system: You are a helpful assistant.
user:
Analyze the provided spectrum to determine if it is a **S-type Star**.

- **Key Indicators for S-type Star:**

    - **(Overall Spectrum Shape):** The first and most obvious characteristic is the overall continuum (the "baseline" shape). It is **extremely "red-sloping,"** meaning the flux (light intensity) is very low on the left side (blue, ~4000-4500 Å) and rises steeply and continuously toward the right side (red, ~7000 Å+).

    - **(Primary):** The spectrum is defined by the presence of strong, broad molecular absorption "valleys" (bands) from **Zirconium Oxide (ZrO)**. The identification of these bands is the **primary requirement** for classifying a star as S-type.
        - **(Key Bandheads):** You must find distinct, deep "dips" where the light has been absorbed. The most critical band systems to locate are:
            - **~6474 Å** ($\gamma$-system): This is often the strongest and clearest ZrO feature, found in the red part of the spectrum.
            - **~5718 Å** & **~5551 Å** ($\beta$-system): A pair of prominent absorption features in the yellow-orange part of the spectrum.
            - **~4640 Å** ($\alpha$-system): A key absorption band system in the blue-green region of the spectrum.

    - **(Secondary Confirmation):** The classification is strengthened by finding additional absorption bands from other related heavy element oxides, which are expected to be present alongside ZrO.
        - **(Key Bandheads):**
            - **Yttrium Oxide (YO):** Look for absorption dips near **~4800 Å** and **~6100 Å**.
            - **Lanthanum Oxide (LaO):** Additional absorption features, particularly in the red-orange part of the spectrum, are also characteristic.

    - **(Line Profile):** The combination of the steep red continuum and these numerous, deep molecular bands (ZrO, YO, etc.) gives the entire spectrum a very **"chopped-up"** or **"bumpy"** appearance. Instead of a smooth curve, the spectrum looks as though large, wide chunks of light have been "carved out" of it at the specific wavelengths listed above.

Think first, call **spectral_visualization_tool** if needed to examine features in detail, then provide your final answer. Your response must adhere to the following strict rules:
1.  **Overall Structure:** Your response must follow the format `<think>...</think> <tool_call>...</tool_call> (if a tool is used) <answer>...</answer>`.
2.  **Tool Usage Constraint:** You may only make **one** tool call per turn.
3.  **Final Answer Format:** In the `<answer>` tag, your conclusion must be inside a `\boxed{}` command (e.g., `\boxed{YES}` or `\boxed{NO}`), followed by your justification.

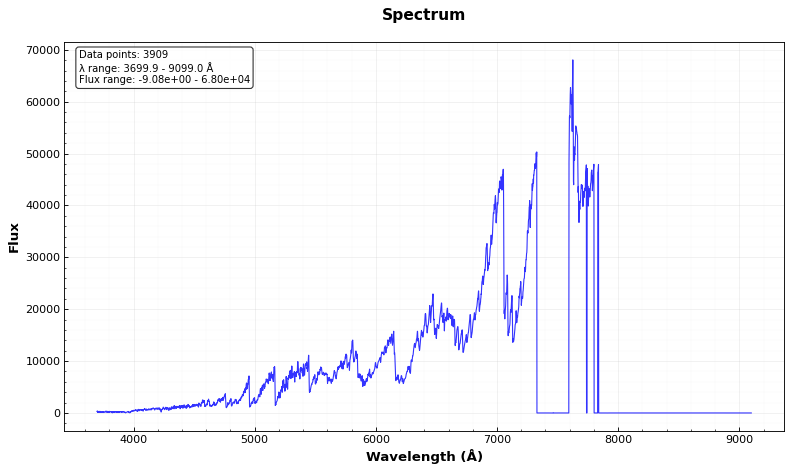
Answer: YES